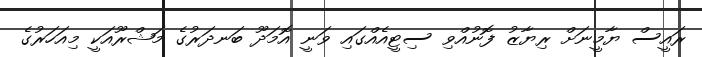
ރައީސް ޔާމީނަށް ރިޔާޒު ފޮނުއްވި ސިޓީއެއްގައި ވަނީ އޮމަދޫ ބަނދަރުގެ މަޝްރޫއަކީ މިއަހަރުގެ